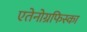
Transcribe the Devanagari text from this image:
एतेनोग्रफिस्का